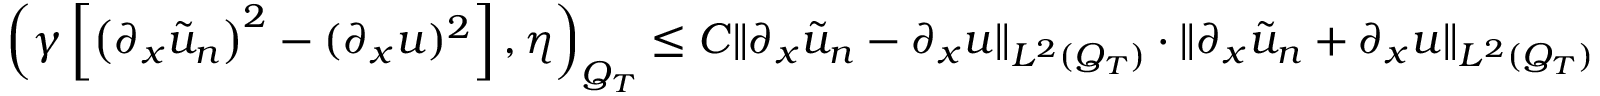
\left( \gamma \left[ \left( \partial _ { x } \tilde { u } _ { n } \right) ^ { 2 } - ( \partial _ { x } u ) ^ { 2 } \right] , \eta \right) _ { Q _ { T } } \leq C \lVert \partial _ { x } \tilde { u } _ { n } - \partial _ { x } u \rVert _ { L ^ { 2 } ( Q _ { T } ) } \cdot \lVert \partial _ { x } \tilde { u } _ { n } + \partial _ { x } u \rVert _ { L ^ { 2 } ( Q _ { T } ) }